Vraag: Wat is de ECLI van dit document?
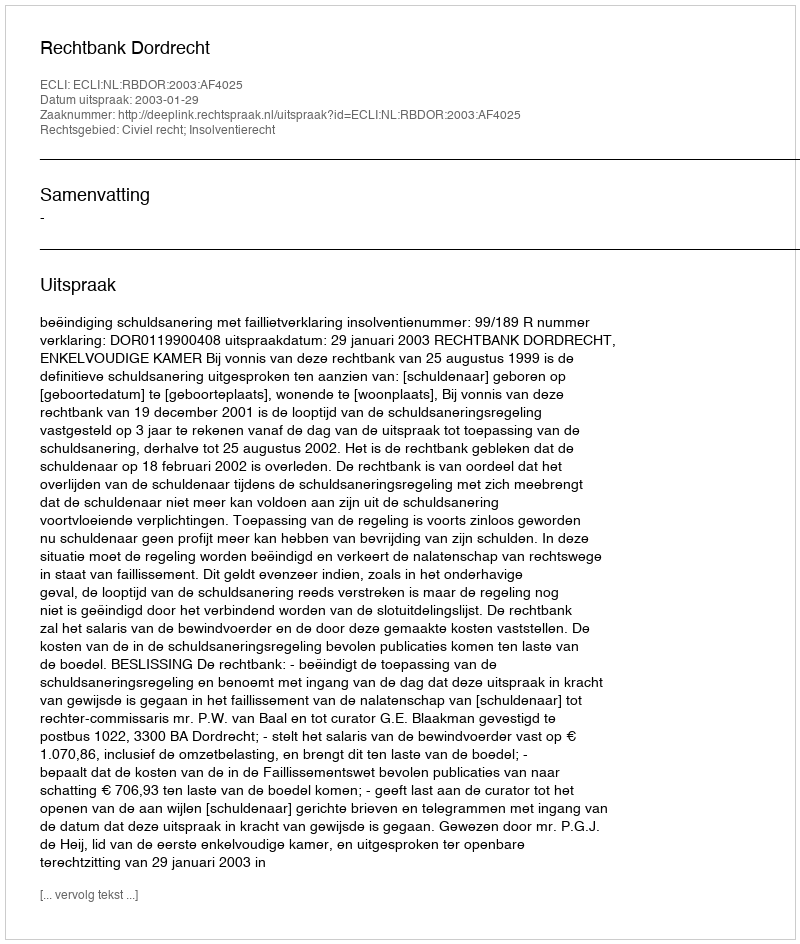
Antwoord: ECLI:NL:RBDOR:2003:AF4025